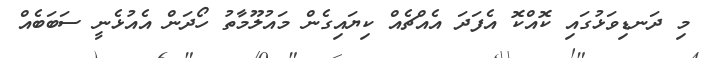
މި ދަނޑިވަޅުގައި ކޮއްކޮ އެފަދަ އެއްޗެއް ކިޔައިގެން މައުލޫމާތު ހޯދަން އެއުޅެނީ ސަބަބެއް